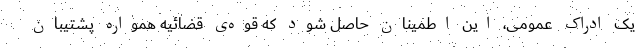
یک ادراک عمومی، این اطمینان حاصل شود که قوّه‌ی قضائیّه همواره پشتیبان